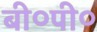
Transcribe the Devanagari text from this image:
बी०पी०